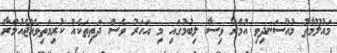
މައުލޫމާތު މުއްސަނދިވި އުމްރާ ވިސާ ލިބުމުގައި މި އަހަރު ވެސް ދަތިތަކެއް ކުރިމަތިވެއްޖެއުމްރާ